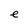
Character: e